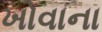
ખોવાના